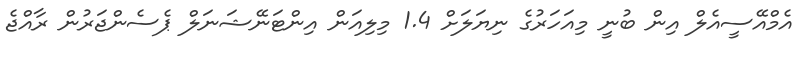
އެމްއޭސީއެލް އިން ބުނީ މިއަހަރުގެ ނިޔަލަށް 1.4 މިލިއަން އިންޓަނޭޝަނަލް ޕެސެންޖަރުން ރާއްޖެ